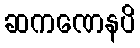
ဆကဏေနပိ